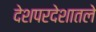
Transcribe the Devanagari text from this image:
देशपरदेशातले